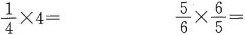
$$\frac { 1 } { 4 } \times 4 =$$ $$\frac { 5 } { 6 } \times \frac { 6 } { 5 } =$$